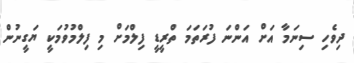
ދިވެހި ސިނަމާ އަށް އަންނަ ފުރަތަމަ ތްރީޑީ ފިލްމަށް މި ފިލްމުވުމަކީ ޔަގީނުން